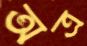
অত্র